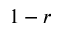
1 - r